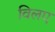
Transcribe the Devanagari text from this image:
विलए